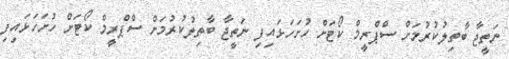
ނަތީޖާ ބާތިލުކުރުމަށް ސްޕްރީމް ކޯޓަށް ހުށަހަޅައިފި ނަތީޖާ ބާތިލުކުރުމަށް ސްޕްރީމް ކޯޓަށް ހުށަހަޅައިފި